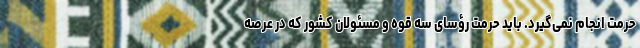
حرمت انجام نمی‌گیرد. باید حرمت رؤسای سه قوه و مسئولان کشور که در عرصه